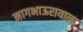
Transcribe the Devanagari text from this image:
नागभाऊरायाला